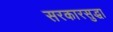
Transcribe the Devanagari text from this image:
सरकारसुद्धा